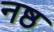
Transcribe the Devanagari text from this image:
नष्ठ